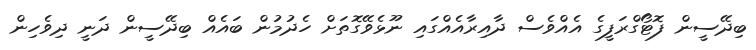
ބިދޭސީން ފޮޓޯގްރަފީގެ އެއްވެސް ދާއިރާއެއްގައި ނޫޅެވޭގޮތަށް ހެދުމުން ބައެއް ބިދޭސީން ދަނީ ދިވެހިން